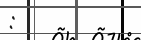
: